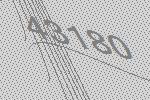
43180